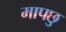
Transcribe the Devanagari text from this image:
मापछु